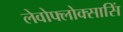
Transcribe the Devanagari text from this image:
लेवोफ्लोक्सासिं